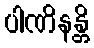
ပါဏိနန္တိ